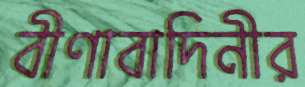
বীণাবাদিনীর